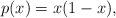
\begin{align*}p(x) = x(1-x),\end{align*}